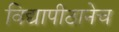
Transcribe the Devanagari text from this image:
विद्यापीठानेच